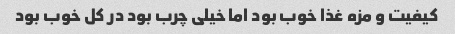
کیفیت و مزه غذا خوب بود اما خیلی چرب بود در کل خوب بود